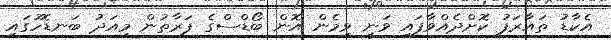
އެކާޑު ތައާރަފު ކޮށްދެއްވާފައި ވަނީ ވިމެން އޮން ބޯޑްސްގެ ފަރާތުން މިއަދު ބަނޑޮހުގައި